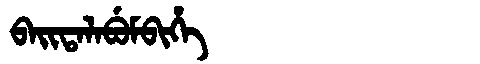
Manchu: ᠪᠠᡳᡨᠠᠯᠠᠪᡠᠮᠪᡳᡥᡝ
Romanization: BAITALABUMBIHE